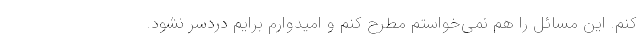
کنم. این مسائل را هم نمی‌خواستم مطرح کنم و امیدوارم برایم دردسر نشود.